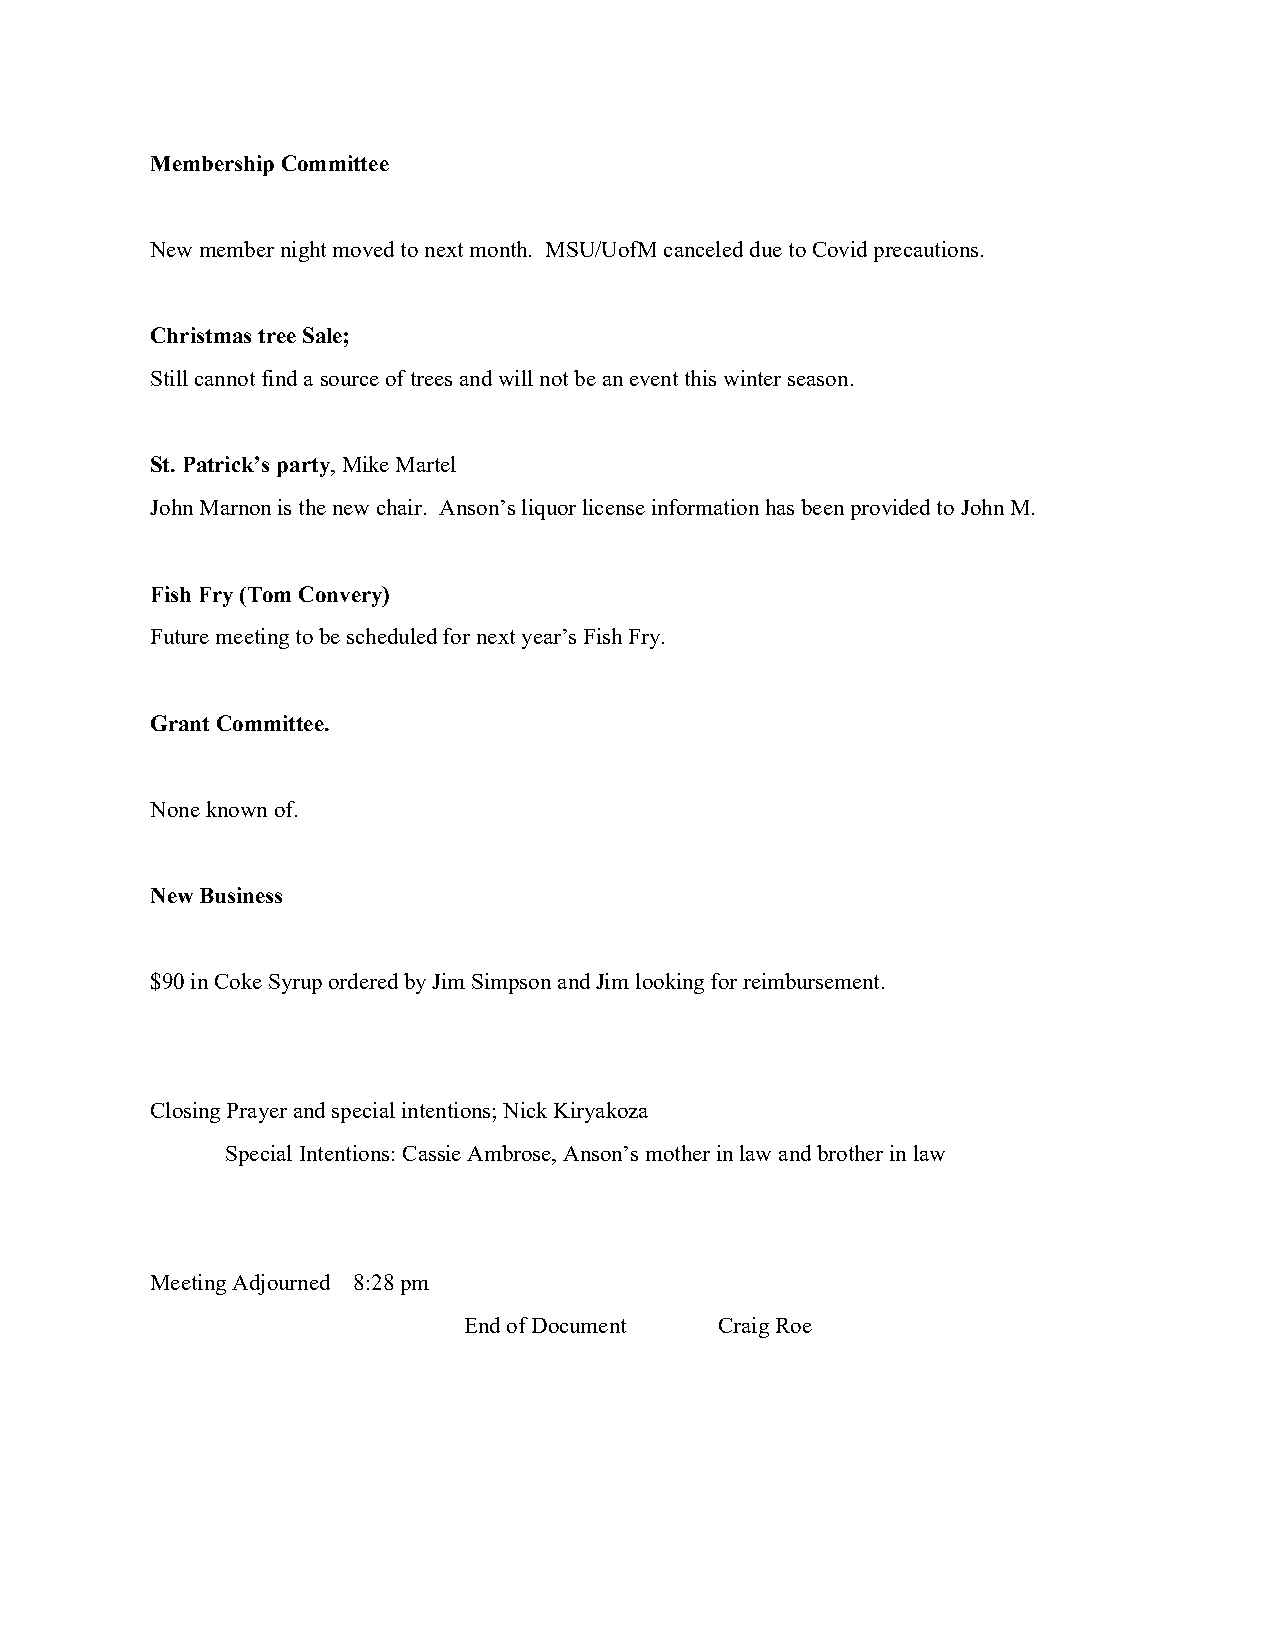
Membership Committee
 New member night moved to next month. MSU/UofM canceled due to Covid precautions.
 Christmas tree Sale;
 Still cannot find a source of trees and will not be an event this winter season.
 St. Patrick’s party, Mike Martel
 John Marnon is the new chair. Anson’s liquor license information has been provided to John M.
 Fish Fry (Tom Convery)
 Future meeting to be scheduled for next year’s Fish Fry.
 Grant Committee.
 None known of.
 New Business
 $90 in Coke Syrup ordered by Jim Simpson and Jim looking for reimbursement.
 Closing Prayer and special intentions; Nick Kiryakoza
 Special Intentions: Cassie Ambrose, Anson’s mother in law and brother in law
 Meeting Adjourned 8:28 pm
 End of Document  Craig Roe